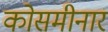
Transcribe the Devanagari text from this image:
कोसमीनार